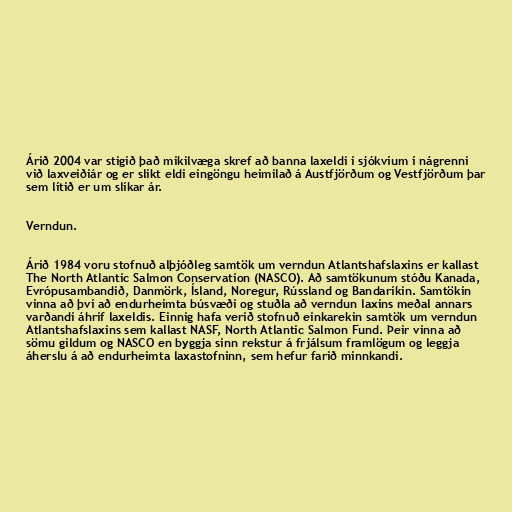
Árið 2004 var stigið það mikilvæga skref að banna laxeldi í sjókvíum í nágrenni
við laxveiðiár og er slikt eldi eingöngu heimilað á Austfjörðum og Vestfjörðum þar
sem lítið er um slíkar ár.

Verndun.

Árið 1984 voru stofnuð alþjóðleg samtök um verndun Atlantshafslaxins er kallast
The North Atlantic Salmon Conservation (NASCO). Að samtökunum stóðu Kanada,
Evrópusambandið, Danmörk, Ísland, Noregur, Rússland og Bandaríkin. Samtökin
vinna að því að endurheimta búsvæði og stuðla að verndun laxins meðal annars
varðandi áhrif laxeldis. Einnig hafa verið stofnuð einkarekin samtök um verndun
Atlantshafslaxins sem kallast NASF, North Atlantic Salmon Fund. Þeir vinna að
sömu gildum og NASCO en byggja sinn rekstur á frjálsum framlögum og leggja
áherslu á að endurheimta laxastofninn, sem hefur farið minnkandi.